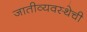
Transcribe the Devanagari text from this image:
जातीव्यवस्थेची